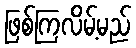
ဖြစ်ကြလိမ့်မည်